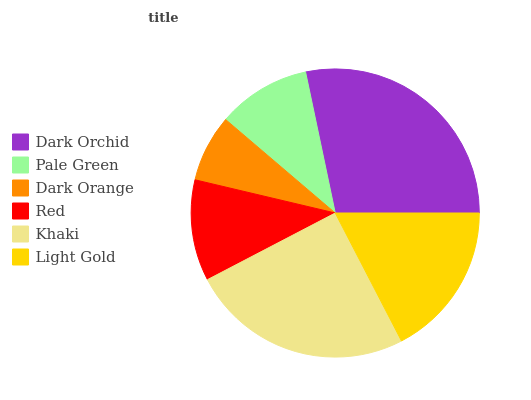
| Dark Orchid | Pale Green | Dark Orange | Red | Khaki | Light Gold |
 | --- | --- | --- | --- | --- | --- |
 | 28.3% | 10.5% | 7.54% | 11.3% | 25% | 17.3% |